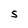
Character: S